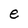
Character: e